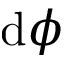
\mathrm { d } \phi